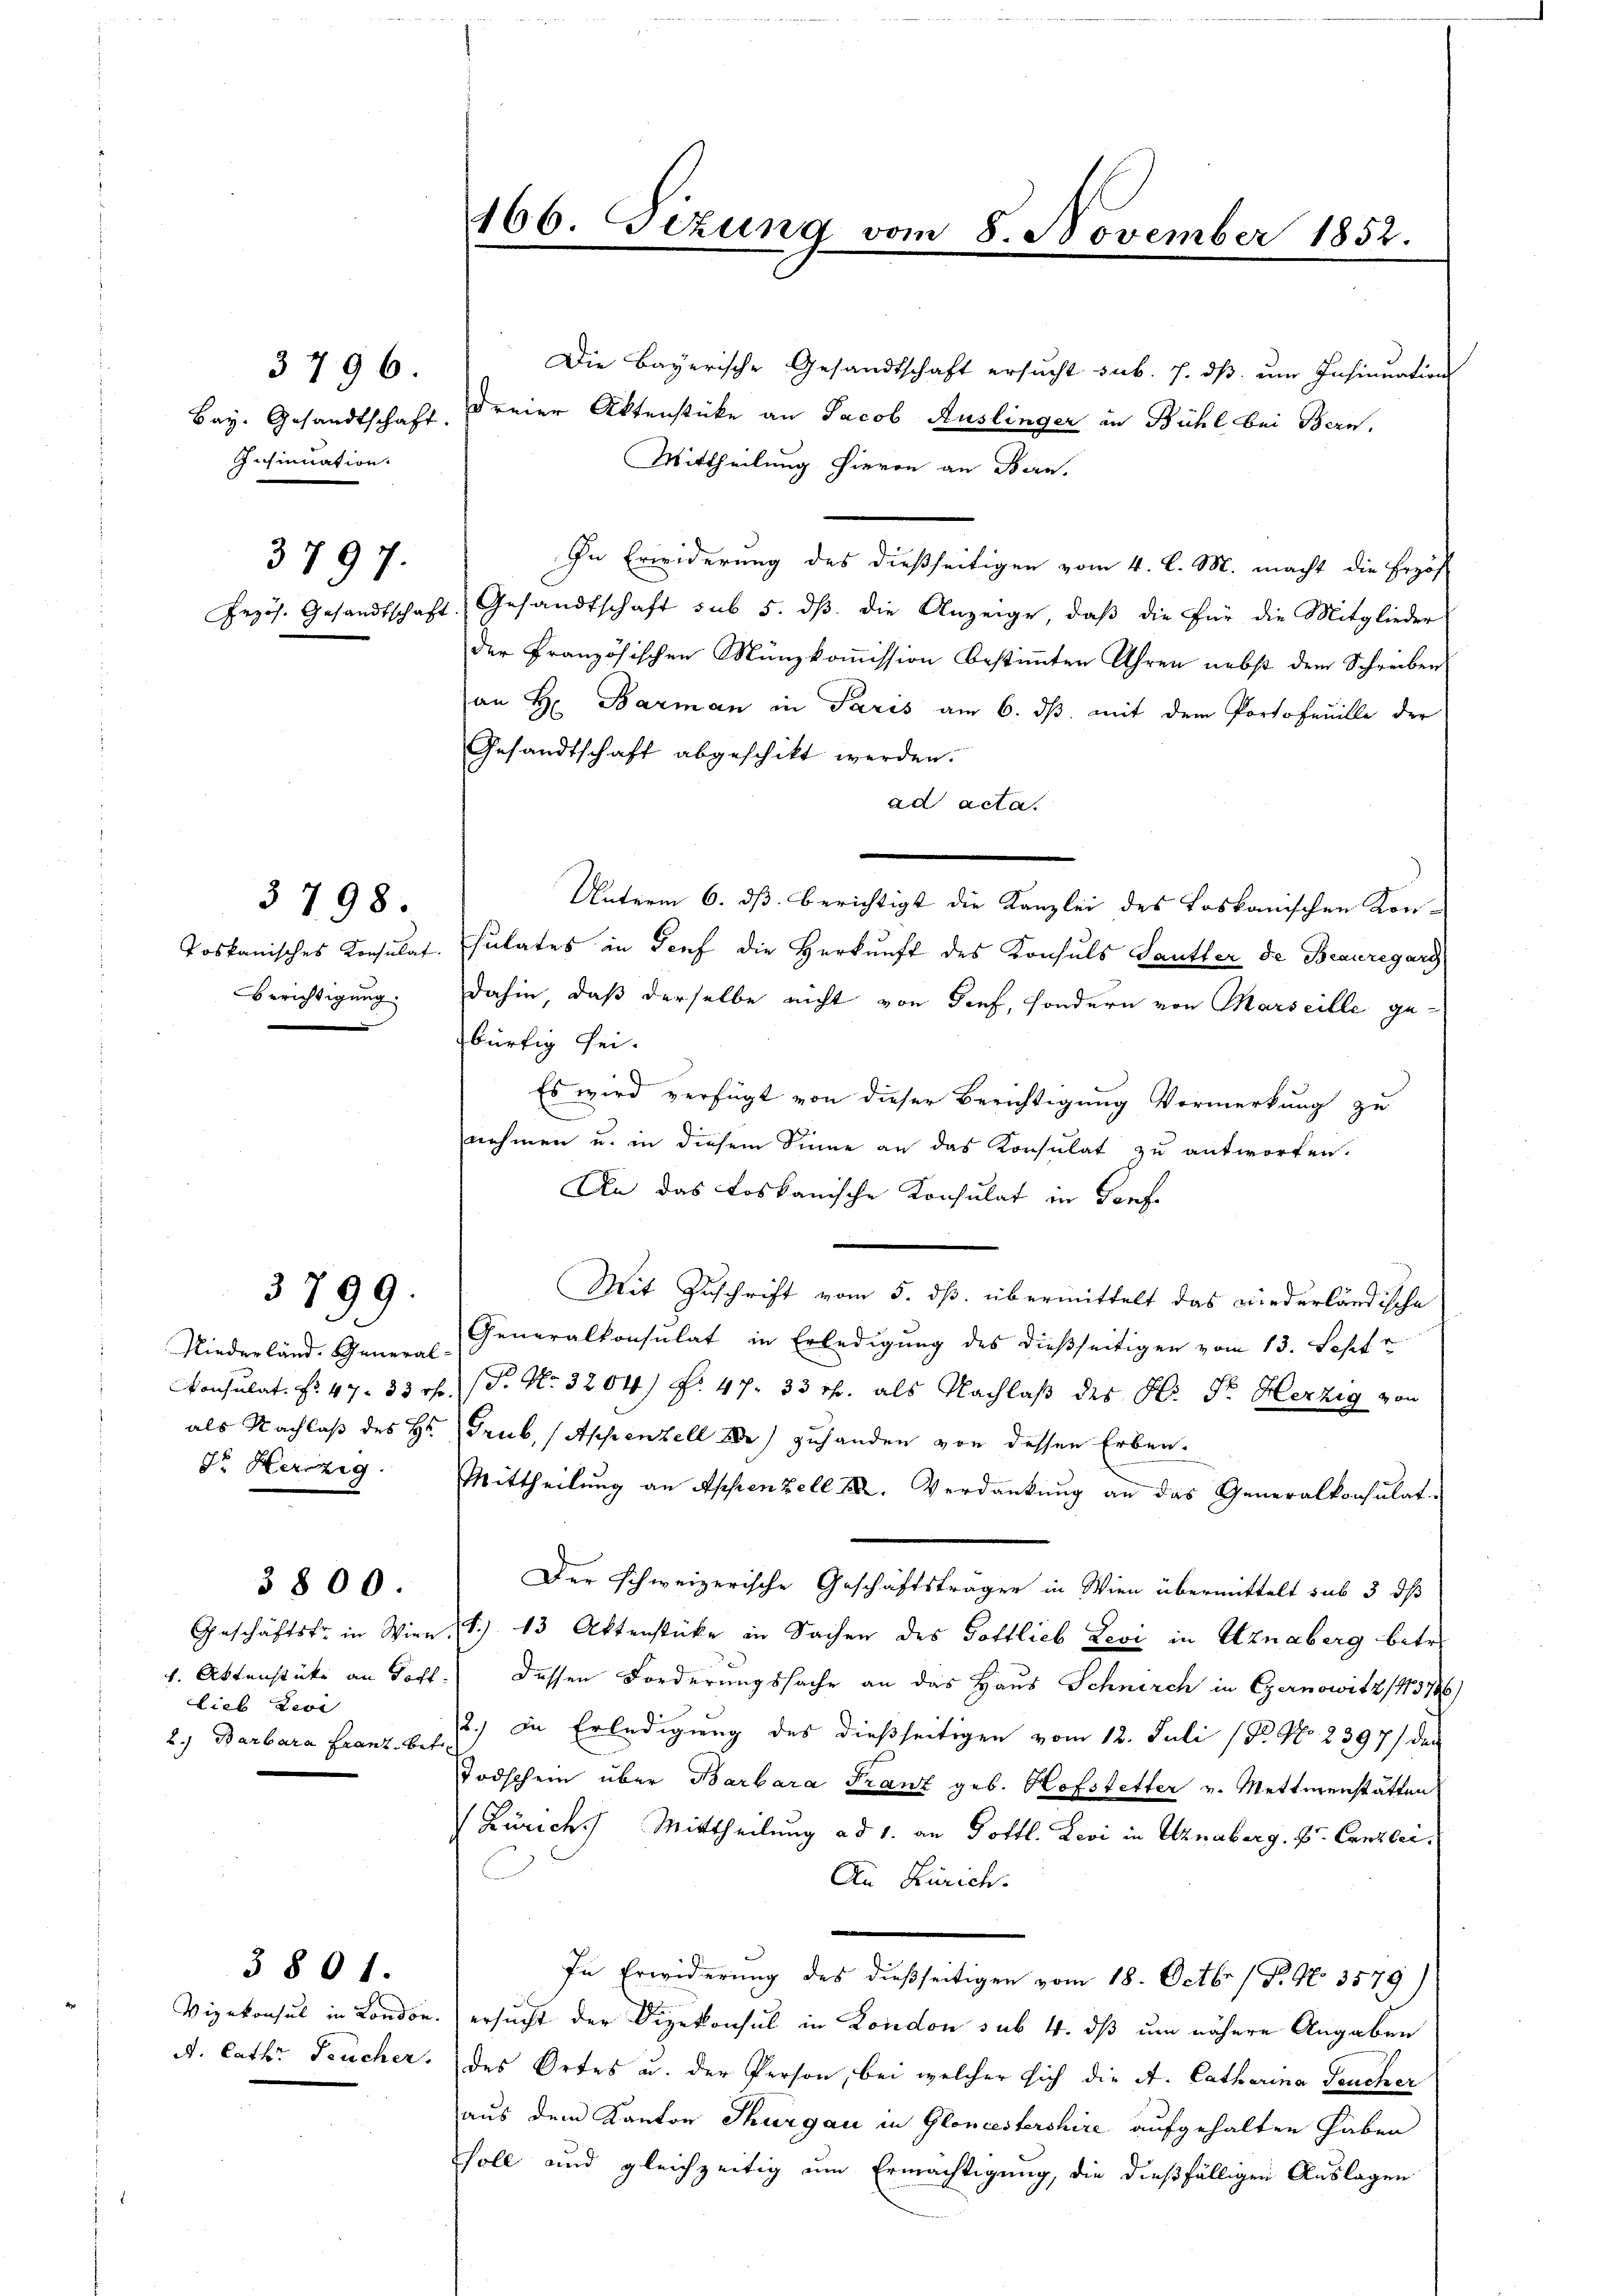
3796.
Bay. Gesandtschaft.
Insinuation.

Berichtigung

379:
7.

Pezös. Gesandtschaft

3798.

3799.

Niederland. General
Dr. Herzig

lieb Zei

3800.

A. Cath. Feucher.

3801.

166. Tizung vom 8. November 1852.

Die Bayerische Gesandtschaft ersucht sub. f. dß um Insinuation
dreier Aktenstücke an Jacob Auslinger in Bühl bei Bern,
Mittheilung hievon an Bern.
In Erwiderung des dießseitigen vom 4. l. M. macht die Erzöh
Gesandtschaft sub 5. dß die Anzeige, daß die für die Mitglieder
der Französischen Münzkommission bestimmten Uhren nebst dem Schreiben
an H. Barman in Paris am 6. dβ mit dem Portofeuille der
Gesandtschaft abgeschikt werden.
ad acta.
Unterm 6. dß. berichtigt die Kanzlei des Loskanischen Kon-
Toskanisches Konsulat. sulates in Genf die Herkunft des Konsuls Sautler de Beauregard
dahin, daß derselbe nicht von Senf, sondern von Marseille gebürtig sei.
Es wird verfügt von dieser Berichtigung Vormerkung zu
nehmen u. in diesem Sinne an das Konsulat zu antworten.
An das Loskanische Konsulat in Torf-
Mit Zuschrift vom 5. ds. übermittelt das niederländische
Generalkonsulat in Erledigung des dießseitigen vom 13. Sept
Consulat. No. 47. 33 r. (T. No. 3204) Nr. 47. 33 Th. als Nachlaß des Hr. Dr. Herzig von
als Nachlaß des Hs. (Grub, (Appenzell 2) zuhanden von dessen Erben.
Mittheilung an Appenzell XX. Verdankung an das Generalkonsulat
Der schweizerische Geschäftsträger in Wien übermittelt sub 3 dß
Geschäftsfr. in Wien S. 13 Aktenstücke in Sachen des Gottlieb Levi in Utznaberg betr.
4. Aktenstücke an Toff.) Dessen Forderungssache an das Haus Schnerch in Czernowitz (13746)
2.) Barbara Franz u. s. 2) in Erledigung des dießseitigen vom 12. Juli 18. No. 2397/ den
Todschein über Barbara Franz geb. Hofstetter v. Mettmenstätten
(Zürich. Mittheilung ad 1. an Gottl. Levi in Uznaberg. pr. Canzlei.
An Zürich.
.
In Erwiderung des dießseitigen vom 18. Octbr. / P. No. 3579)
Vizekonsul in London. ersucht der Vizekonsul in London sub 4. ds um nähere Angaben
des Ortes u. der Person, bei welcher sich die A. Catharina Feucher
aus dem Kanton Thurgau in Gloncestershire aufgehalten haben
soll und gleichzeitig um Ermächtigung, die dießfälligen Auslagen